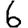
Digit: 6